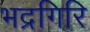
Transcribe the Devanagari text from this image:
भद्रगिरि